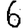
Digit: 6